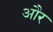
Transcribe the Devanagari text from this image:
और